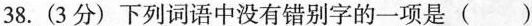
38.(3分)下列词语中没有错别字的一项是( )